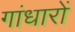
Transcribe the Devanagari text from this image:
गांधारों